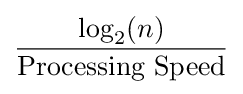
{\frac {\log _{2}(n)}{\text{Processing Speed}}}